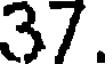
37.